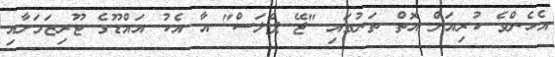
އެހެންވެ ކުރިއަށް އޮތް ތަނުގައި "ޖޭ ޕެލަސް" އާ އެކު އައްޑޫގެ ޓޫރިޒަމަށާއި